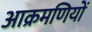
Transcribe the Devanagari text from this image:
आक्रमणियों